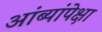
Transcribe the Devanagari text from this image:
आंब्यांपेक्षा